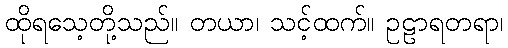
ထိုရသေ့တို့သည်။ တယာ၊ သင့်ထက်။ ဥဠာရတရာ၊